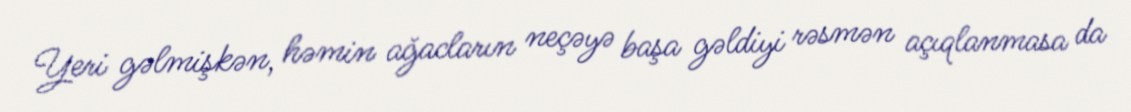
Yeri gəlmişkən, həmin ağacların neçəyə başa gəldiyi rəsmən açıqlanmasa da